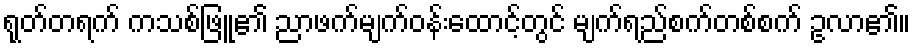
ရုတ်တရက် ကသစ်ဖြူ၏ ညာဖက်မျက်ဝန်းထောင့်တွင် မျက်ရည်စက်တစ်စက် ဥလာ၏။